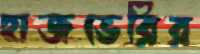
হাজভেরির